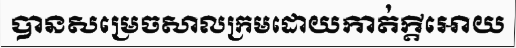
បានសម្រេចសាលក្រមដោយកាត់ក្តីអោយ